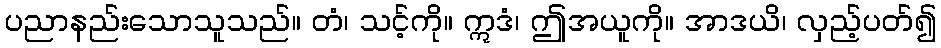
ပညာနည်းသောသူသည်။ တံ၊ သင့်ကို။ ဣဒံ၊ ဤအယူကို။ အာဒယိ၊ လှည့်ပတ်၍